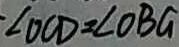
\angle O C D = \angle O B G